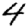
Digit: 4